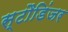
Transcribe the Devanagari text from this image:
स्टौडिंजर